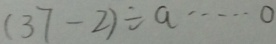
( 3 7 - 2 ) \div a \cdots 0